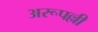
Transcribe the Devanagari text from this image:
अरूपल्ली